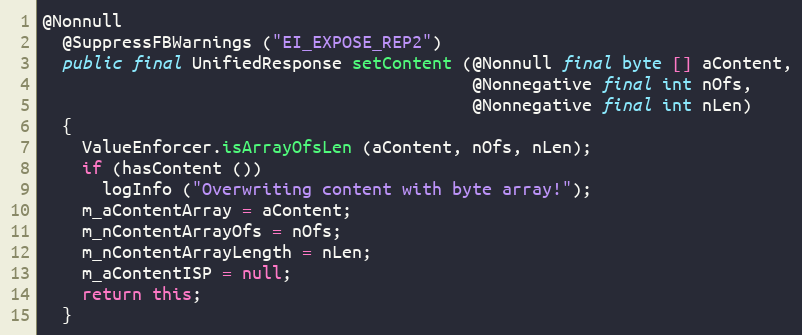
Language: Java
@Nonnull
  @SuppressFBWarnings ("EI_EXPOSE_REP2")
  public final UnifiedResponse setContent (@Nonnull final byte [] aContent,
                                           @Nonnegative final int nOfs,
                                           @Nonnegative final int nLen)
  {
    ValueEnforcer.isArrayOfsLen (aContent, nOfs, nLen);
    if (hasContent ())
      logInfo ("Overwriting content with byte array!");
    m_aContentArray = aContent;
    m_nContentArrayOfs = nOfs;
    m_nContentArrayLength = nLen;
    m_aContentISP = null;
    return this;
  }